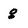
Character: 8